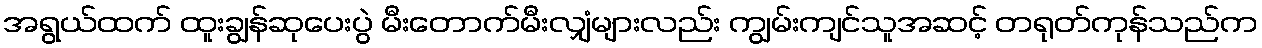
အရွယ်ထက် ထူးချွန်ဆုပေးပွဲ မီးတောက်မီးလျှံများလည်း ကျွမ်းကျင်သူအဆင့် တရုတ်ကုန်သည်က